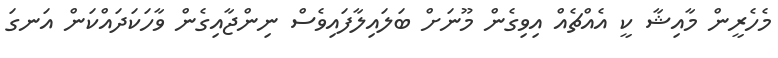
މެހެރީން މާއިޝާ ކީ އެއްޗެއް އިވިގެން މޫނަށް ބަލައިލާފައިވެސް ނިންޖާއިގެން ވާހަކަދައްކަން އަނގަ